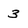
Character: 3